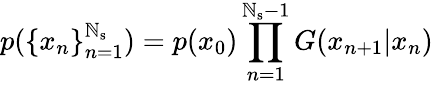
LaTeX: p(\{ x_{n}\} _{n=1}^{\mathbb{N}_{\mathrm{{s}}}})=p(x_{0})\prod_{n=1}^{\mathbb{N}_{\mathrm{{s}}}-1}G(x_{n+1}|x_{n})